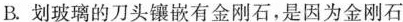
B.划玻璃的刀头镶嵌有金刚石，是因为金刚石